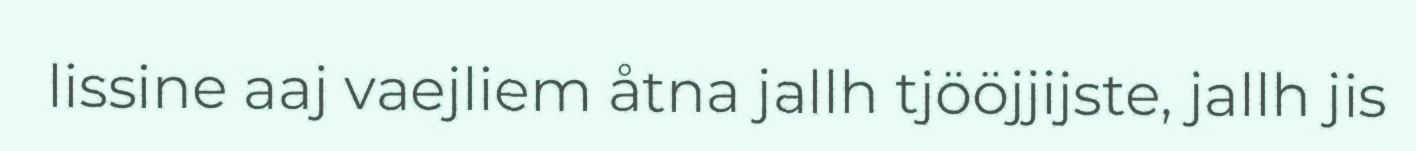
lissine aaj vaejliem åtna jallh tjööjjijste, jallh jis